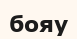
бояу